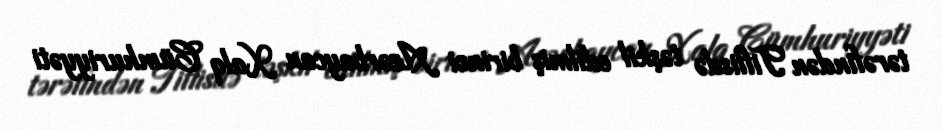
tərəfindən Tiflisdə təşkil edilmiş birinci Azərbaycan Xalq Cümhuriyyəti